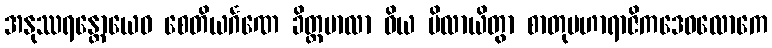
အနုဿရန္တောယေဝ စေတိယင်္ဂဏေ ခိတ္တမာလာ ဝိယ မိလာယိတွာ စာတုမဟာရာဇိကဒေဝလောကေ